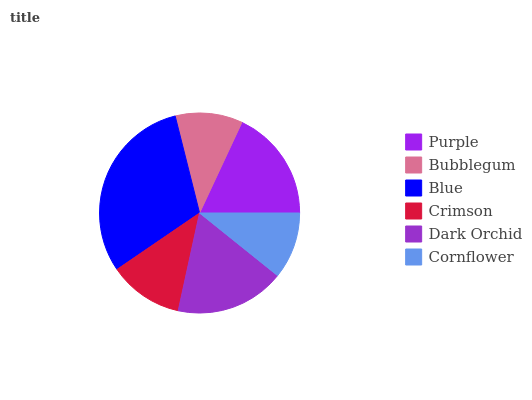
| Purple | Bubblegum | Blue | Crimson | Dark Orchid | Cornflower |
 | --- | --- | --- | --- | --- | --- |
 | 18% | 10.9% | 30.6% | 12.1% | 17.7% | 10.8% |